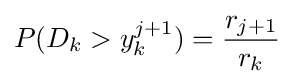
P(D_{k}>y_{k}^{j+1})={\frac {r_{j+1}}{r_{k}}}